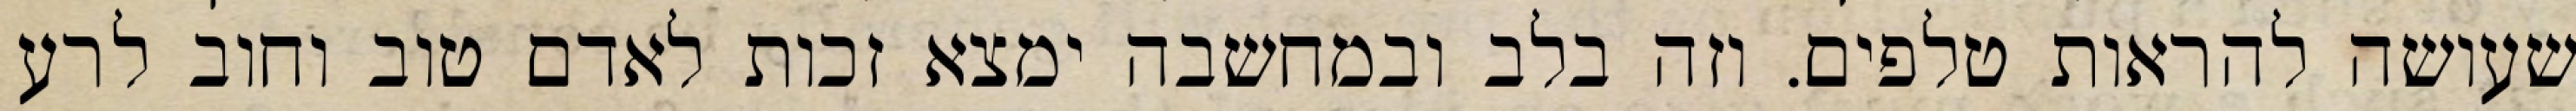
שעושה להראות טלפים. וזה בלב ובמחשבה ימצא זכות לאדם טוב וחוב לרע